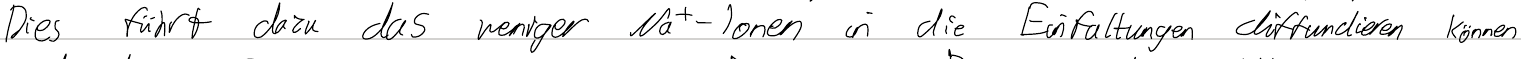
Dies führt dazu das weniger Na+-Ionen in die Einfaltungen diffundieren können